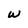
Character: w